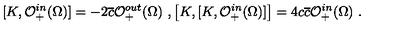
[ K , \mathcal { O } _ { + } ^ { i n } ( \Omega ) ] = - 2 \overline { { c } } \mathcal { O } _ { + } ^ { o u t } ( \Omega ) \ , \left[ K , [ K , \mathcal { O } _ { + } ^ { i n } ( \Omega ) ] \right] = 4 c \overline { { c } } \mathcal { O } _ { + } ^ { i n } ( \Omega ) \ .